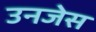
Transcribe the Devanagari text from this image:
उनजेस